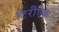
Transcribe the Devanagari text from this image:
टिरीऐक